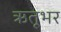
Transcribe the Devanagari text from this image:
ऋतूभर